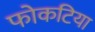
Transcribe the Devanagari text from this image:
फोकटिया